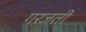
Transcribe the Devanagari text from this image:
गरजती